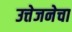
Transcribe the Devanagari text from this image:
उत्तेजनेचा